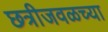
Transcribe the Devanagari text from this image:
छत्रीजवळच्या